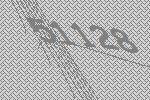
51128